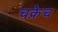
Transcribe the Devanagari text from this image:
चक्रेच